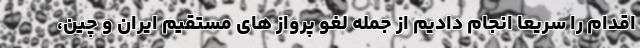
اقدام را سریعا انجام دادیم از جمله لغو پرواز های مستقیم ایران و چین،